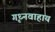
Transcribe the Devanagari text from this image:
गृध्नवाहाय